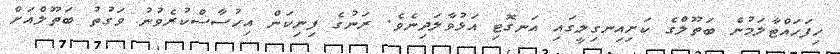
ހިފަހައްޓާލަމުން ބަތޫލްގެ ކަށިއިނގިލީގައި އަނގޮޓި އަޅުވާލަދިނެވެ. ރަނުގެ ފިނިކަން އިހުސާސްކުރެވުނު ވަގުތު ބަތޫލްއަށް